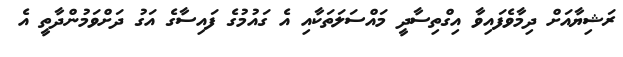
ރަޝިޔާއަށް ދިމާވެފައިވާ އިގްތިސާދީ މައްސަލަތަކާއި އެ ގައުމުގެ ފައިސާގެ އަގު ދަށްވަމުންދާތީ އެ